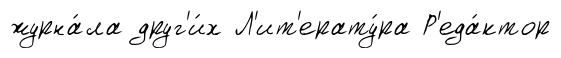
журна́ла друг'и́х Л'ит'ерату́ра Р'еда́ктор